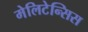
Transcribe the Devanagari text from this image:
मेलिटेन्सिस